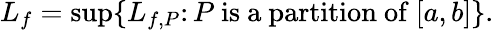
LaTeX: L_{f}=\operatorname*{sup}\{ L_{f,P}\colon P{\mathrm{~is~a~partition~of~}}[a,b]\} .\,